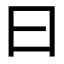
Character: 曰